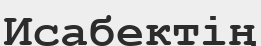
Исабектің